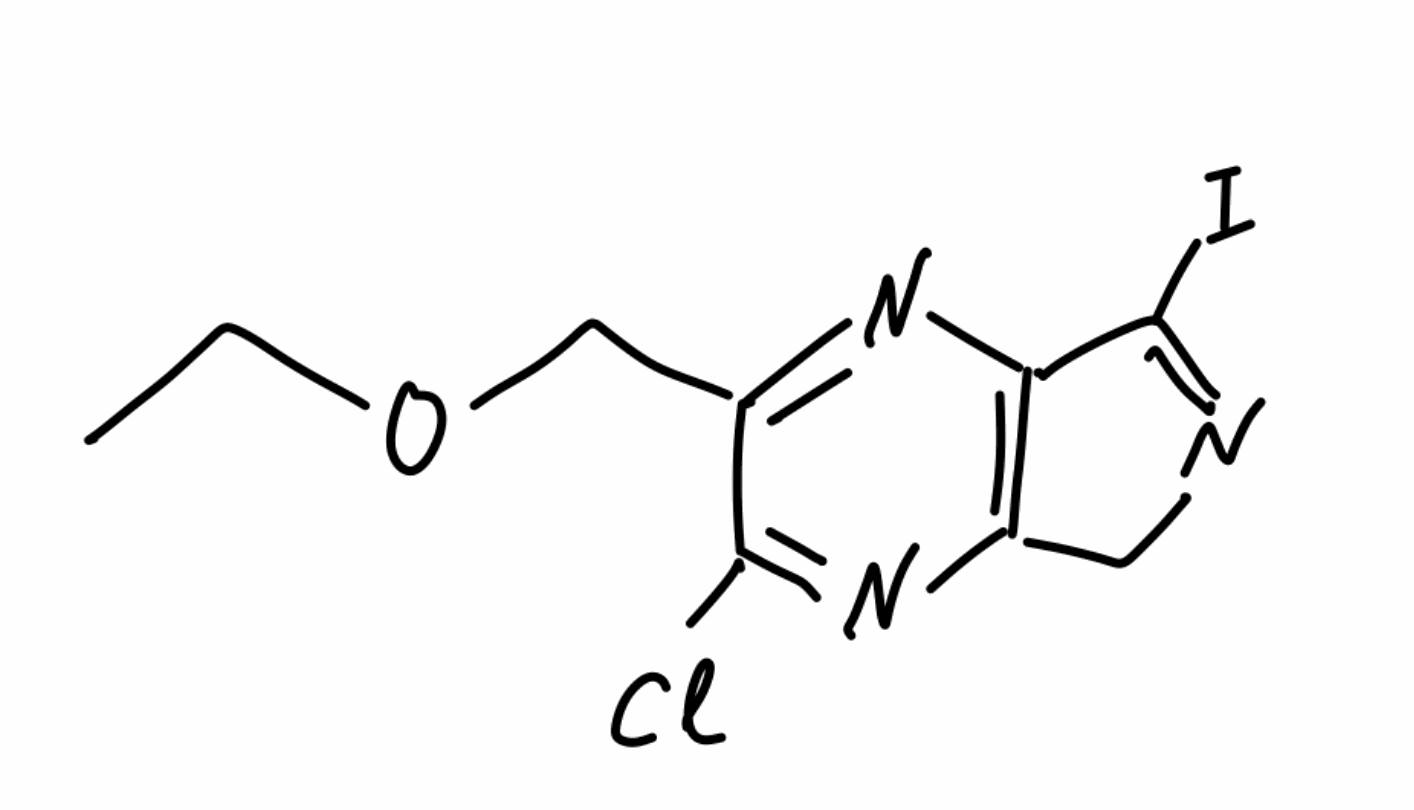
Simplified molecular-input line-entry system (SMILES) notation of the given molecule:
CC(=O)OCC1=NC2=C(CN=C2I)N=C1Cl